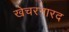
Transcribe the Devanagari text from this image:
खेचरनारद